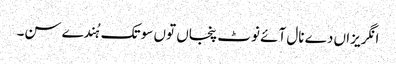
انگریزاں دے نال آئے نوٹ پنجاں توں سو تک ہُندے سن۔